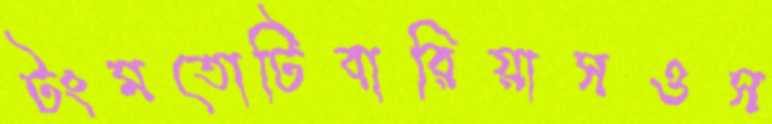
টংমতোটিবারিয়াসওস